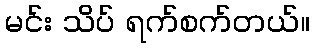
မင်း သိပ် ရက်စက်တယ်။